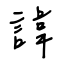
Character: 諱